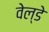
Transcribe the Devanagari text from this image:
वेल्डे